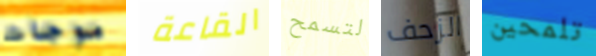
موجات القاعة لتسمح الزحف تلمحين